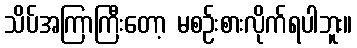
သိပ်အကြာကြီးတော့ မစဉ်းစားလိုက်ရပါဘူး။